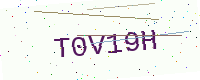
Text: T0V19H